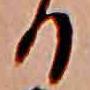
る